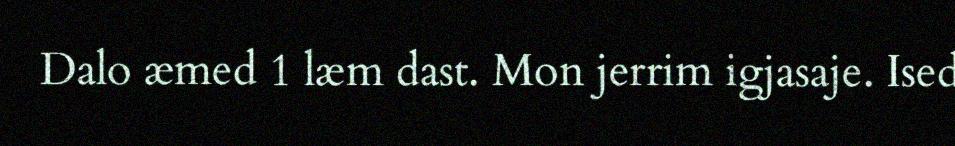
Dalo æmed 1 læm dast. Mon jerrim igjasaje. Ised